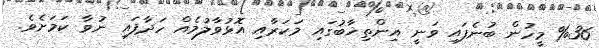
%36 މީހުން ބުނެފައި ވަނީ އިންތިޚާބުގައި މަކަރާއި އޮޅުވާލުމެއް ހަދާފައި ނުވާ ކަމަށެވެ.